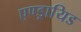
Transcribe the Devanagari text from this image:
एण्ड्रायिड